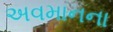
અવમાનના